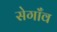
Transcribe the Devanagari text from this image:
सेगाँव